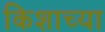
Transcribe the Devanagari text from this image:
किशाच्या